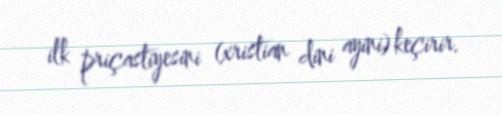
ilk priçastiyesini (xristian dini ayini) keçirir.